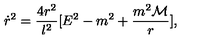
\dot { r } ^ { 2 } = \frac { 4 r ^ { 2 } } { l ^ { 2 } } [ E ^ { 2 } - m ^ { 2 } + \frac { m ^ { 2 } { \cal M } } { r } ] ,